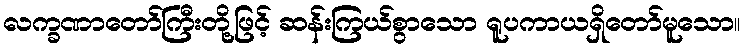
လက္ခဏာတော်ကြီးတို့ဖြင့် ဆန်းကြယ်စွာသော ရူပကာယရှိတော်မူသော။